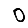
Digit: 0